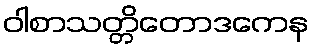
ဝါစာသတ္တိတောဒကေန